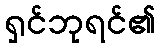
ရှင်ဘုရင်၏